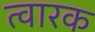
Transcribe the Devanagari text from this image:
त्वारक